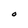
Character: O